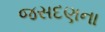
જસદણના